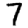
Digit: 7